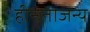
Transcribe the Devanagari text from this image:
हीनताजन्य